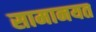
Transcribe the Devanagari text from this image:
सामानयत